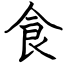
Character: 食